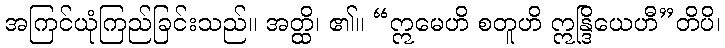
အကြင်ယုံကြည်ခြင်းသည်။ အတ္ထိ၊ ၏။ “ဣမေဟိ စတူဟိ ဣန္ဒြိယေဟီ”တိပိ၊